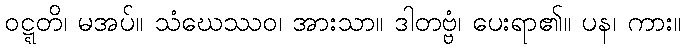
ဝဋ္ဋတိ၊ မအပ်။ သံဃေဿဝ၊ အားသာ။ ဒါတဗ္ဗံ၊ ပေးရာ၏။ ပန၊ ကား။